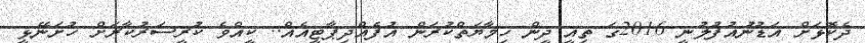
ދެކޮޅަށް އަޑުނުއުފުލުނީ 2016ގަ ތިއީ ދީން ހިމާޔަތްކުރަން އުފެއްދިޕާޓީއެއް.. ކީއްވެ ކުރީސަރުކާރަށް ހުށަނޭޅީ